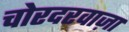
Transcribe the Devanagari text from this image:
चोरदरवाज़ा